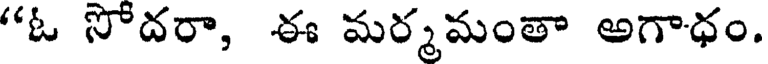
"ఓ సోదరా, ఈ మర్మమంతా అగాధం.